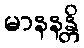
မာနနန္တိ